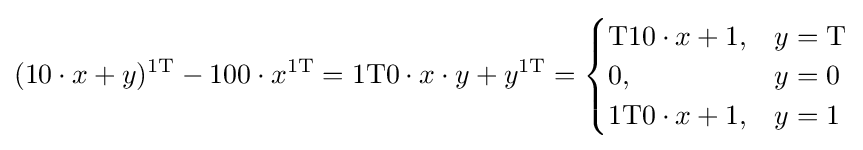
(10\cdot x+y)^{\mathrm {1T} }-100\cdot x^{\mathrm {1T} }=\mathrm {1T0} \cdot x\cdot y+y^{\mathrm {1T} }={\begin{cases}\mathrm {T10} \cdot x+1,&y=\mathrm {T} \\0,&y=0\\\mathrm {1T0} \cdot x+1,&y=1\end{cases}}